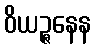
ဝိယဉ္ဇနေန